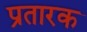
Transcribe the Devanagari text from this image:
प्रतारक